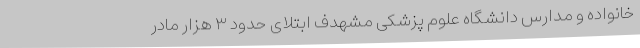
خانواده و مدارس دانشگاه علوم پزشکی مشهدف ابتلای حدود ۳ هزار مادر